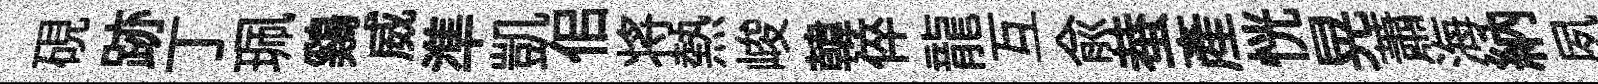
硯跡丁珮鷄威準凱佀将熱峻韓倅龍互兪蛬産恍晃蕭海納夙